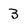
Character: 3